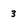
Character: 3